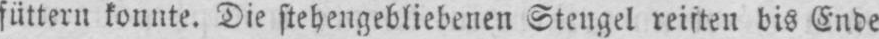
füttern konnte. Die stehengebliebenen Stengel reiften bis Ende